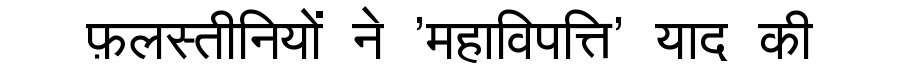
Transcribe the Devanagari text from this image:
फ़लस्तीनियों ने 'महाविपत्ति' याद की